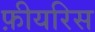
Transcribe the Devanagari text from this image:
फ़ीयरिस